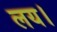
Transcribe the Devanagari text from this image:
लय।